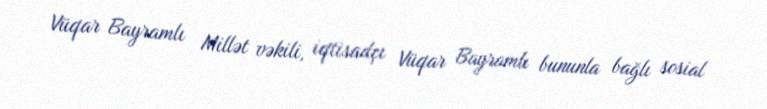
Vüqar Bayramlı Millət vəkili, iqtisadçı Vüqar Bayramlı bununla bağlı sosial